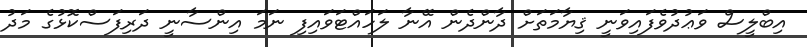
އިބްލީސް ވަޢުދުވެފައިވަނީ ޤިޔާމަތަށް ދާންދެން އޭނާ ލަހައްޓަވައިފި ނަމަ އިންސާނީ ދަރިފަސްކޮޅުގެ މަދު